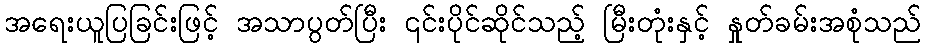
အရေးယူပြခြင်းဖြင့် အသာပွတ်ပြီး ၎င်းပိုင်ဆိုင်သည့် မြီးတုံးနှင့် နှုတ်ခမ်းအစုံသည်